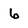
Character: 6